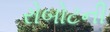
રોબોટની